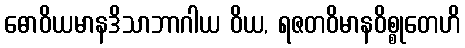
ဓောဝိယမာနဒိသာဘာဂါယ ဝိယ, ရဇတဝိမာနဝိစ္စုတေဟိ